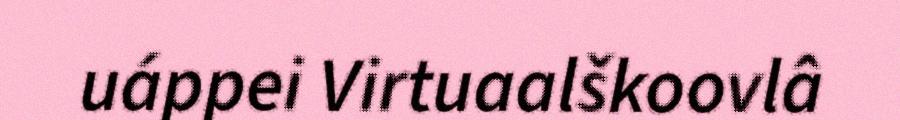
uáppei Virtuaalškoovlâ